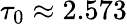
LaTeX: \tau_{0}\approx 2.573